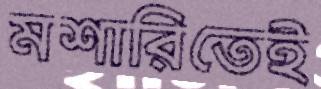
মশারিতেই